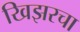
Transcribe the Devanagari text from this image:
खिझरचा